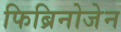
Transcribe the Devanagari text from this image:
फिब्रिनोजेन